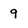
Character: 9